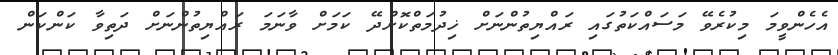
އެހެންވީމަ މިކުރެވޭ މަސައްކަތުގައި ރައްޔިތުންނަށް ޚިދުމަތްކޮށްދޭ ކަމަށް ވާނަމަ ރައްޔިތުންނަށް ދަތިވާ ކަންކަން